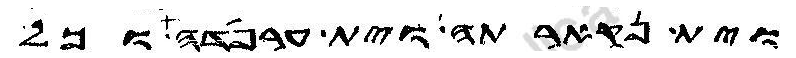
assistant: וית נקארתה וית ערפדה כל